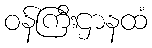
ဝန်ကြီးဌာနထံ